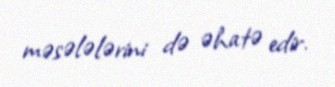
məsələlərini də əhatə edir.